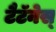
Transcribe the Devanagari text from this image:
टैटॅनेस्